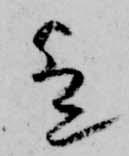
歟